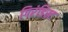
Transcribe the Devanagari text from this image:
गिरंडिस्ट